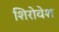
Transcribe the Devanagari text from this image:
शिरोवेश